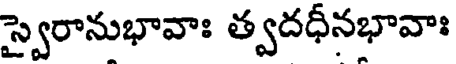
స్వైరానుభావాః త్వదధీనభావాః